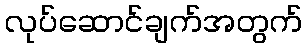
လုပ်ဆောင်ချက်အတွက်